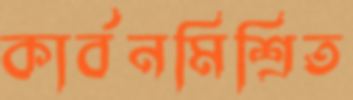
কার্বনমিশ্রিত